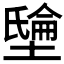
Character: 𡑘